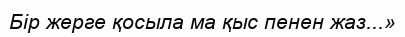
Бір жерге қосыла ма қыс пенен жаз...»